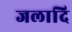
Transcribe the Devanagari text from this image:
जलादि